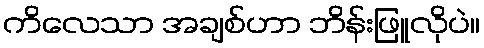
ကိလေသာ အချစ်ဟာ ဘိန်းဖြူလိုပဲ။